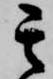
其